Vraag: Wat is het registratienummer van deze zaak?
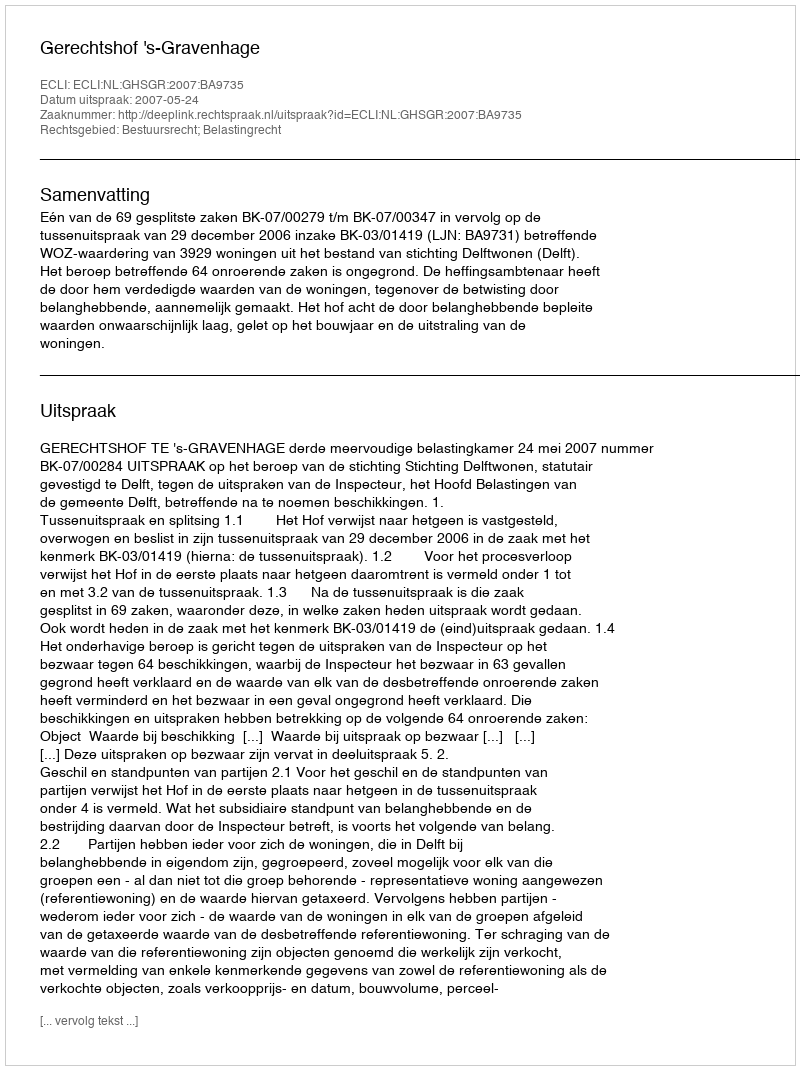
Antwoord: http://deeplink.rechtspraak.nl/uitspraak?id=ECLI:NL:GHSGR:2007:BA9735